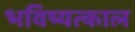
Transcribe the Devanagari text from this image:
भविष्यत्काल